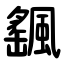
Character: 颻